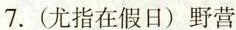
7.(尤指在假日)野营